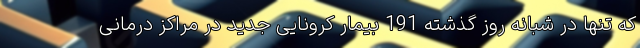
که تنها در شبانه روز گذشته 191 بیمار کرونایی جدید در مراکز درمانی